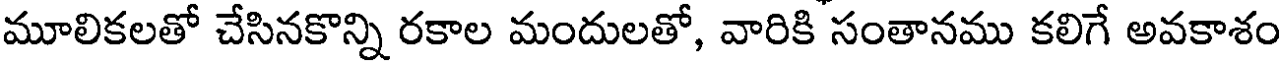
మూలికలతో చేసినకొన్ని రకాల మందులతో, వారికి సంతానము కలిగే అవకాశం